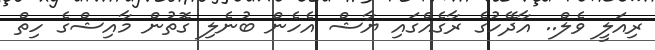
ރިއަލީ ވެލް.. އާދޭހުގެ ރާގެއްގައި ޔާޝް އެހެން ބުނެލި ގޮތުން މާއިޝްގެ ހިތް